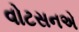
વોટસનએ